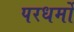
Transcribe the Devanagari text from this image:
परधर्मो